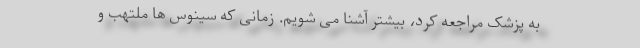
به پزشک مراجعه کرد، بیشتر آشنا می شویم. زمانی که سینوس ها ملتهب و